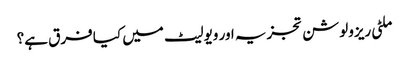
ملٹی ریزولوشن تجزیہ اور ویولیٹ میں کیا فرق ہے؟